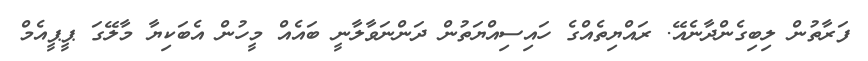
ފަރާތުން ލިބިގެންދާނެއޭ. ރައްޔިތެއްގެ ހައިސިއްޔަތުން ދަންނަވާލާނީ ބައެއް މީހުން އެބަކިޔާ މާލޭގަ ޕީޕީއެމް